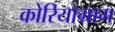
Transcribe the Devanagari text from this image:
कोरियोग्राग